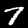
Digit: 7